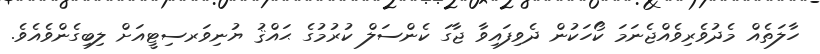
ހާލަތެއް މެދުވެރިވެއްޖެނަމަ ކޯހަކުން ދެވިފައިވާ ޖާގަ ކެންސަލް ކުރުމުގެ ޙައްޤު ޔުނިވަރސިޓީއަށް ލިބިގެންވެއެވެ.